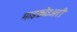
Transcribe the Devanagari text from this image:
माइक्रोउअरी